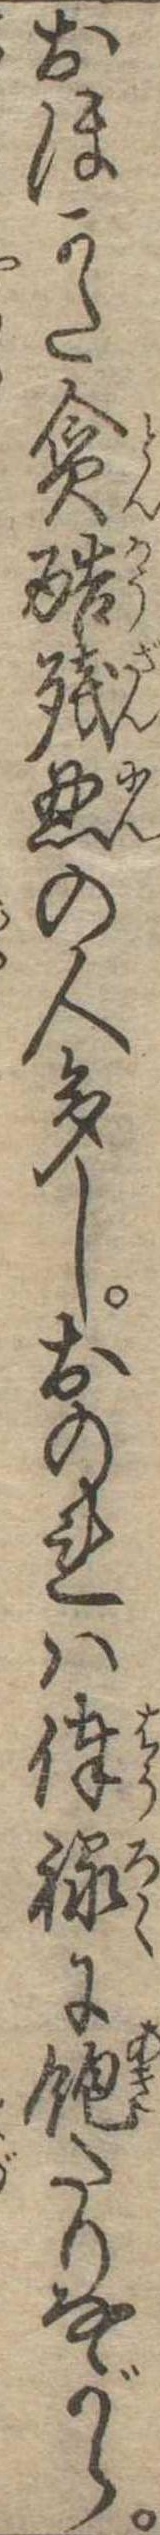
おほかた貪酷残忍の人多しおのれは俸禄に飽たりながら